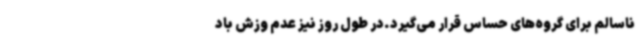
ناسالم برای گروه‌های حساس قرار می‌گیرد.در طول روز نیز عدم وزش باد